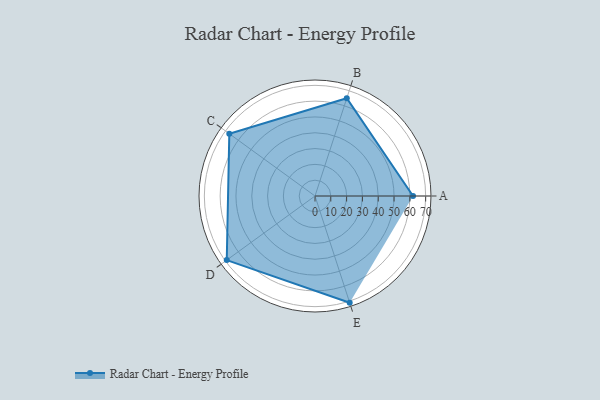
{"axis": {"x": "Skill", "y": "Score"}, "legend": ["Profile"], "data": [{"x": "A", "y": 62.0, "type": "Profile"}, {"x": "B", "y": 65.0, "type": "Profile"}, {"x": "C", "y": 67.0, "type": "Profile"}, {"x": "D", "y": 69.0, "type": "Profile"}, {"x": "E", "y": 71.0, "type": "Profile"}]}